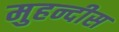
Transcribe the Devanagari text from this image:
मुहन्दीस